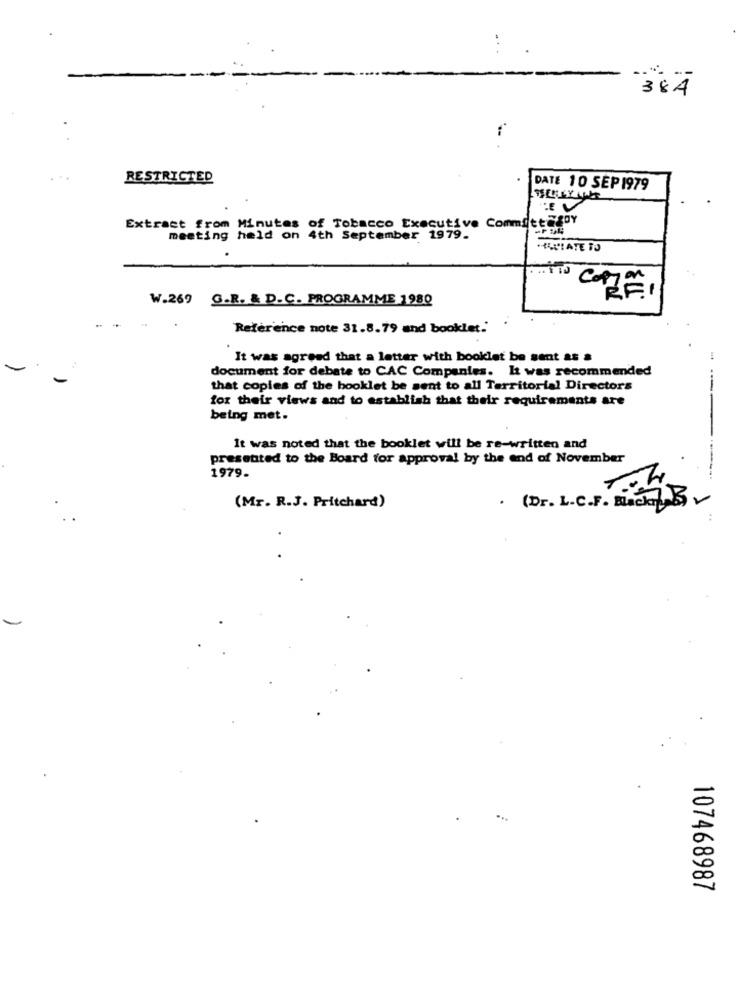
38À
RESTRICTED
DATE 10 SEP 1979
: V
Extract from Minutes of Tobacco Executive CommittagDY
meeting held on 4th September 1979.
W.269 G.R. & D.C. PROGRAMME 1980
Reference note 31.8.79 and booklet.'
It was agreed that a letter with booklet be sent as a
document for debate to CAC Companies. It was recommended
that copies of the booklet be sent to all Territorial Directors
for their views and to establish that their requirements are
being met.
It was noted that the booklet will be re-written and
presented to the Board for approval by the end of November
1979-
(Mr. R.J. Pritchard)
. (Dr. L.C.F. Black B)
..
107468987